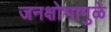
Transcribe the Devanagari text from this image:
जनक्षोभामुळे